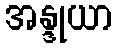
အန္ဒုယာ